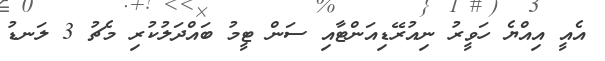
އެއީ އިއްޔެ ހަވީރު ނިއުރޭޑިއަންޓާއި ސަން ޓީމު ބައްދަލުކުރި މެޗު 3 ލަނޑު